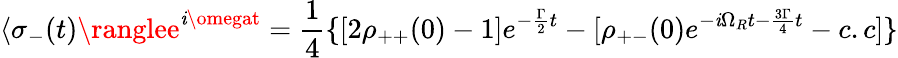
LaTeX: \langle\sigma_{-}(t)\ranglee^{\mathit{i}\omegat}={\frac{{1}}{{4}}}\{ [2\rho_{++}(0)-1]e^{-{\frac{{\Gamma}}{{2}}}t}-[\rho_{+-}(0)e^{-\mathit{i}\Omega_{R}t-{\frac{{3\Gamma}}{{4}}}t}-c.c]\}